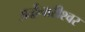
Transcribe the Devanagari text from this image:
अर्द्धनारीश्वर